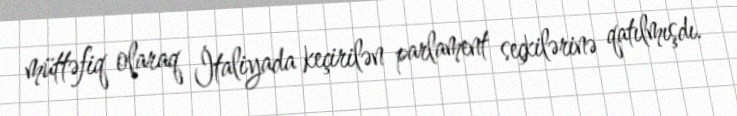
müttəfiq olaraq İtaliyada keçirilən parlament seçkilərinə qatılmışdı.